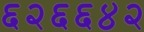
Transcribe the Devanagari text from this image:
६२६६४२